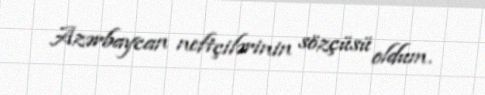
Azərbaycan neftçilərinin sözçüsü oldum.